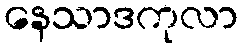
နေသာဒကုလာ